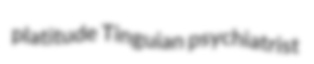
platitude Tinguian psychiatrist